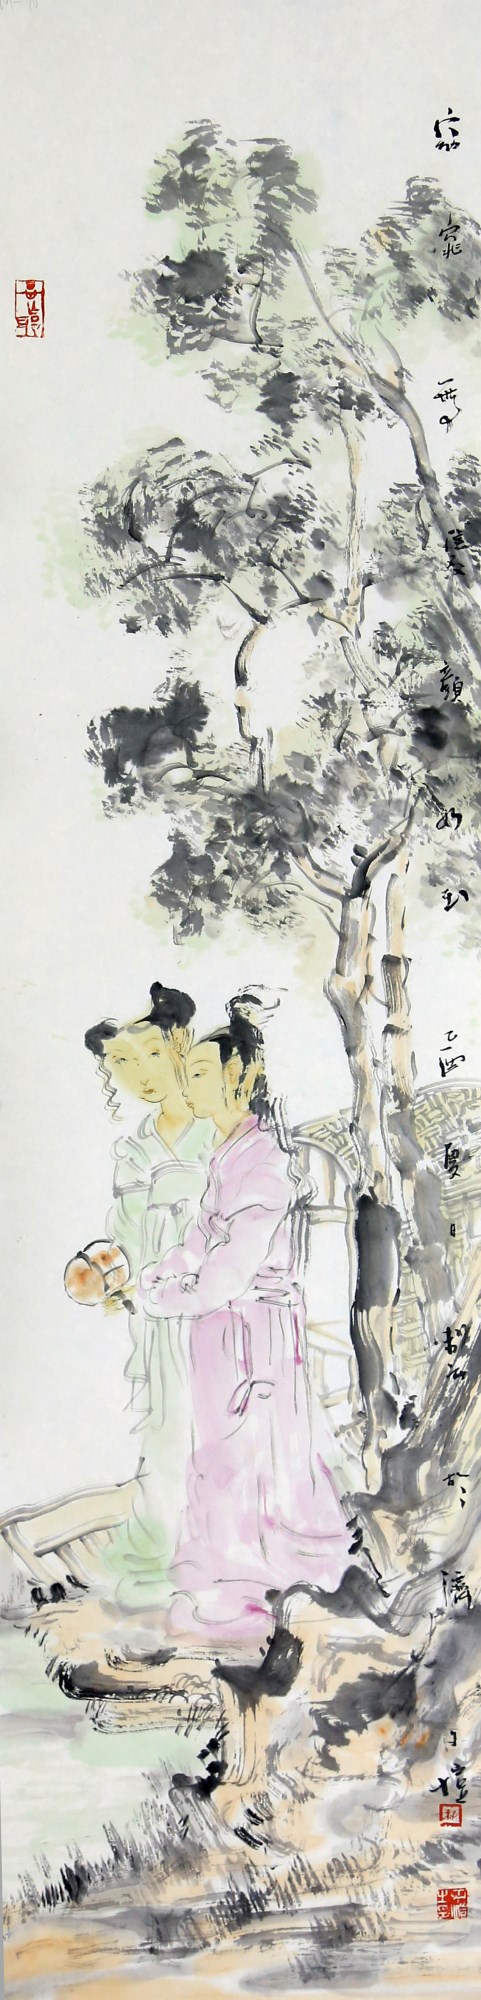
女儿年几十五六，窈窕无双颜如玉。